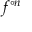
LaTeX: f ^ { \circ n }